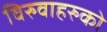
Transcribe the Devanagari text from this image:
विरुवाहरुको